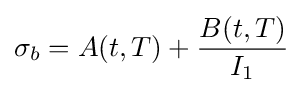
\sigma _{b}=A(t,T)+{\frac {B(t,T)}{I_{1}}}